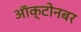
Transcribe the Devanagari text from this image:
ऑक्टोनबर